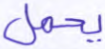
يحمل